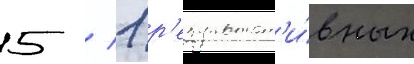
5 / 1 р'езультат'и́вных